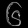
Digit: ၆